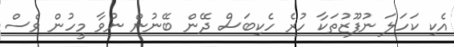
އެކި ކަހަލަ ނުފޫޒުތަކާ ހުރެ ހެކިބަސް ދޭން ބޭނުން ނުވާ މީހުން ވެސް